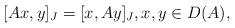
LaTeX: \begin{align*}[Ax,y]_J = [x,Ay]_J,x,y\in D(A),\end{align*}